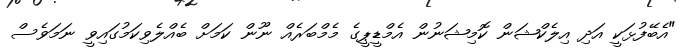
"އެބޭފުޅަކީ އަދި އިލެކްޝަން ކޮމިޝަނުން އެމްޑީޕީގެ މެމްބަރެއް ނޫން ކަމަށް ބެއްލެވިކަމުގައިވީ ނަމަވެސް